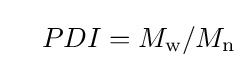
\quad PDI=M_{\mathrm {w} }/M_{\mathrm {n} }